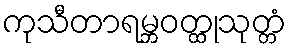
ကုသီတာရမ္ဘဝတ္ထုသုတ္တံ